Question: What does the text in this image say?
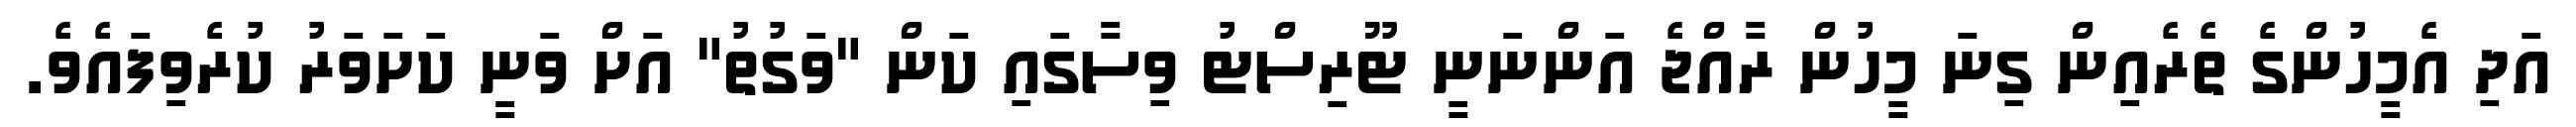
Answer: އަދި އެމީހުންގެ ތެރެއިން ގިނަ މީހުން ރާއްޖެ އަންނަނީ ޓޫރިސްޓު ވިސާގައި ކަން "ވަގުތު" އަށް ވަނީ ކަށަވަރު ކުރެވިފައެވެ.